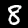
Digit: 8